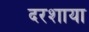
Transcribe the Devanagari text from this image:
दरशाया